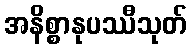
အနိစ္စာနုပဿီသုတ်